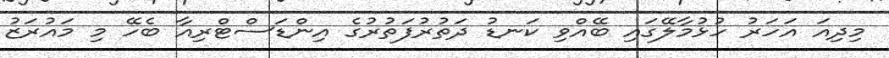
މިދިއަ އަހަރު ހުޅުމާލޭގައި ބޭއްވި ކަނޑު ދަތުރުފަތުރުގެ އިންޑަސްޓްރިއާ ބެހޭ މި މައުރަޒު